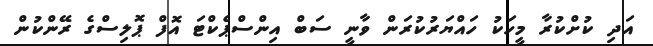
އަދި ކުށްކުރާ މީހަކު ހައްޔަރުކުރަން ވާނީ ސަބް އިންސްޕެކްޓަ އޮފް ޕޮލިސްގެ ރޭންކުން